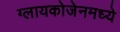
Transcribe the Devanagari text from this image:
ग्लायकोजेनमध्ये